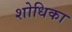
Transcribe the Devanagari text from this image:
शोधिका